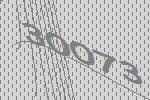
30073